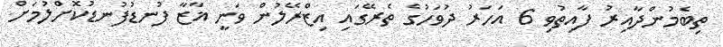
ތިބެމުންދާއިރު ފާއިތުވި 6 އަހަރު ދުވަހުގެ ތެރޭގައި އިޒްރޭލުން ވަނީ ޣާޒާ ފުނޑުފުނޑުކޮށްލުމަށް